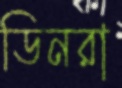
ডিনরা